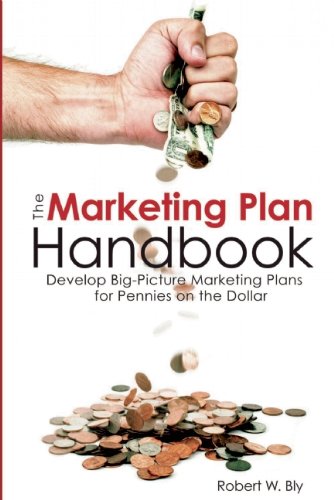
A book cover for Marketing Plan Handbook: Develop Big Picture Marketing Plans for Pennies on the Dollar; Robert W. Bly; Self-Help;